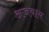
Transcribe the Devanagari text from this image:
अजवाय